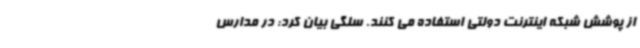
از پوشش شبکه اینترنت دولتی استفاده می کنند. سلگی بیان کرد: در مدارس